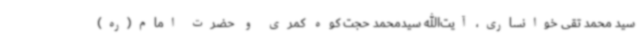
سید محمد تقی خوانساری، آیت‌الله سیدمحمد حجت کوه کمری و حضرت امام(ره)